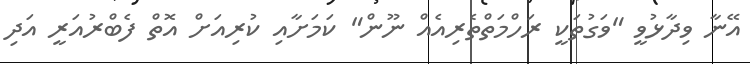
އޭނާ ވިދާޅުވީ "ވަގުތަކީ ރަހްމަތްތެރިއެއް ނޫން" ކަމަށާއި ކުރިއަށް އޮތް ފެބްރުއަރީ އަދި